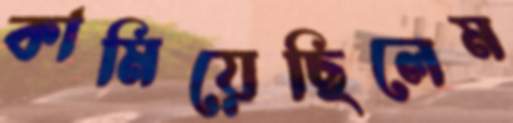
কামিয়েছিলেম